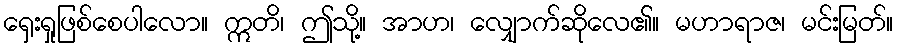
ရှေးရှုဖြစ်စေပါလော။ ဣတိ၊ ဤသို့။ အာဟ၊ လျှောက်ဆိုလေ၏။ မဟာရာဇ၊ မင်းမြတ်။